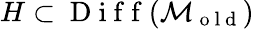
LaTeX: H\subset\mathrm{~D~i~f~f~}(\mathcal{M}_{\mathrm{~o~l~d~}})